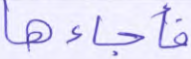
فأجاءها